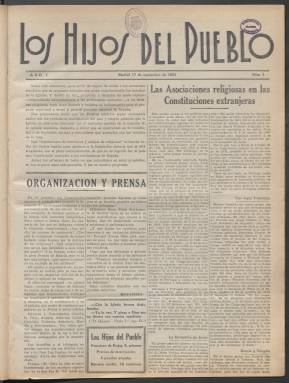
Título: Los Hijos del pueblo (Madrid)
Colección: Revistas de información general
Ámbito geográfico: Madrid
Lugar de publicación: Madrid
Fechas: 17/09/1931-22/12/1932